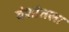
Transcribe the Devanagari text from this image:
वंशांतला